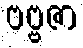
ဗဗ္ဗဇာ